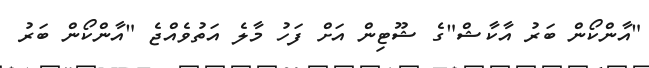
"އާންކޯން ބަރު އާކާޝް"ގެ ޝޫޓިން އަށް ފަހު މާލެ އަތުވެއްޖެ "އާންކޯން ބަރު